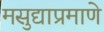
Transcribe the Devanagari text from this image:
मसुद्याप्रमाणे